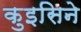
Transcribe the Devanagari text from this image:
कुइसिने